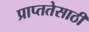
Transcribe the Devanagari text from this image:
प्राप्ततेसाठी